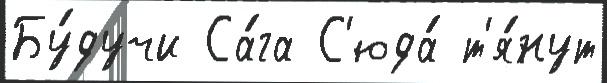
Бу́дучи Са́га С'юда́ т'я́нут